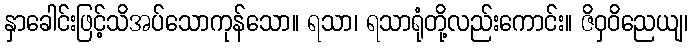
နှာခေါင်းဖြင့်သိအပ်သောကုန်သော။ ရသာ၊ ရသာရုံတို့လည်းကောင်း။ ဇိဝှဝိညေယျ၊